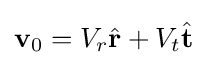
\mathbf {v} _{0}=V_{r}{\hat {\mathbf {r} }}+V_{t}{\hat {\mathbf {t} }}